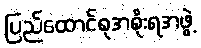
ပြည်ထောင်စုအစိုးရအဖွဲ့